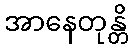
အာနေတုန္တိ